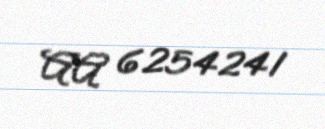
AA 6254241